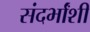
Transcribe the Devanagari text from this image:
संदर्भांंशी